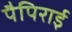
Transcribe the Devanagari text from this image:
पैपिराई